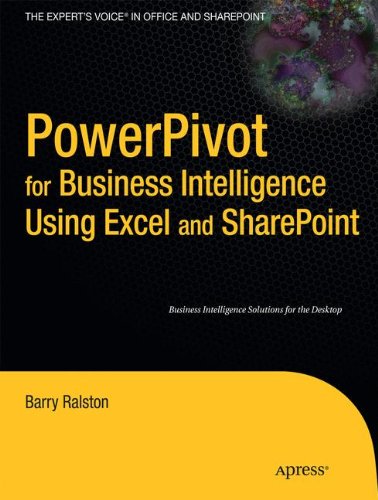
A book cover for PowerPivot for Business Intelligence Using Excel and SharePoint (Expert's Voice in Office and Sharpoint); Barry Ralston; Computers & Technology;